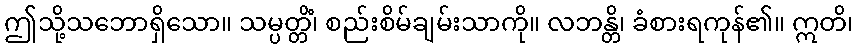
ဤသို့သဘောရှိသော။ သမ္ပတ္တိံ၊ စည်းစိမ်ချမ်းသာကို။ လဘန္တိ၊ ခံစားရကုန်၏။ ဣတိ၊